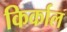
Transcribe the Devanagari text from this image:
किर्काल